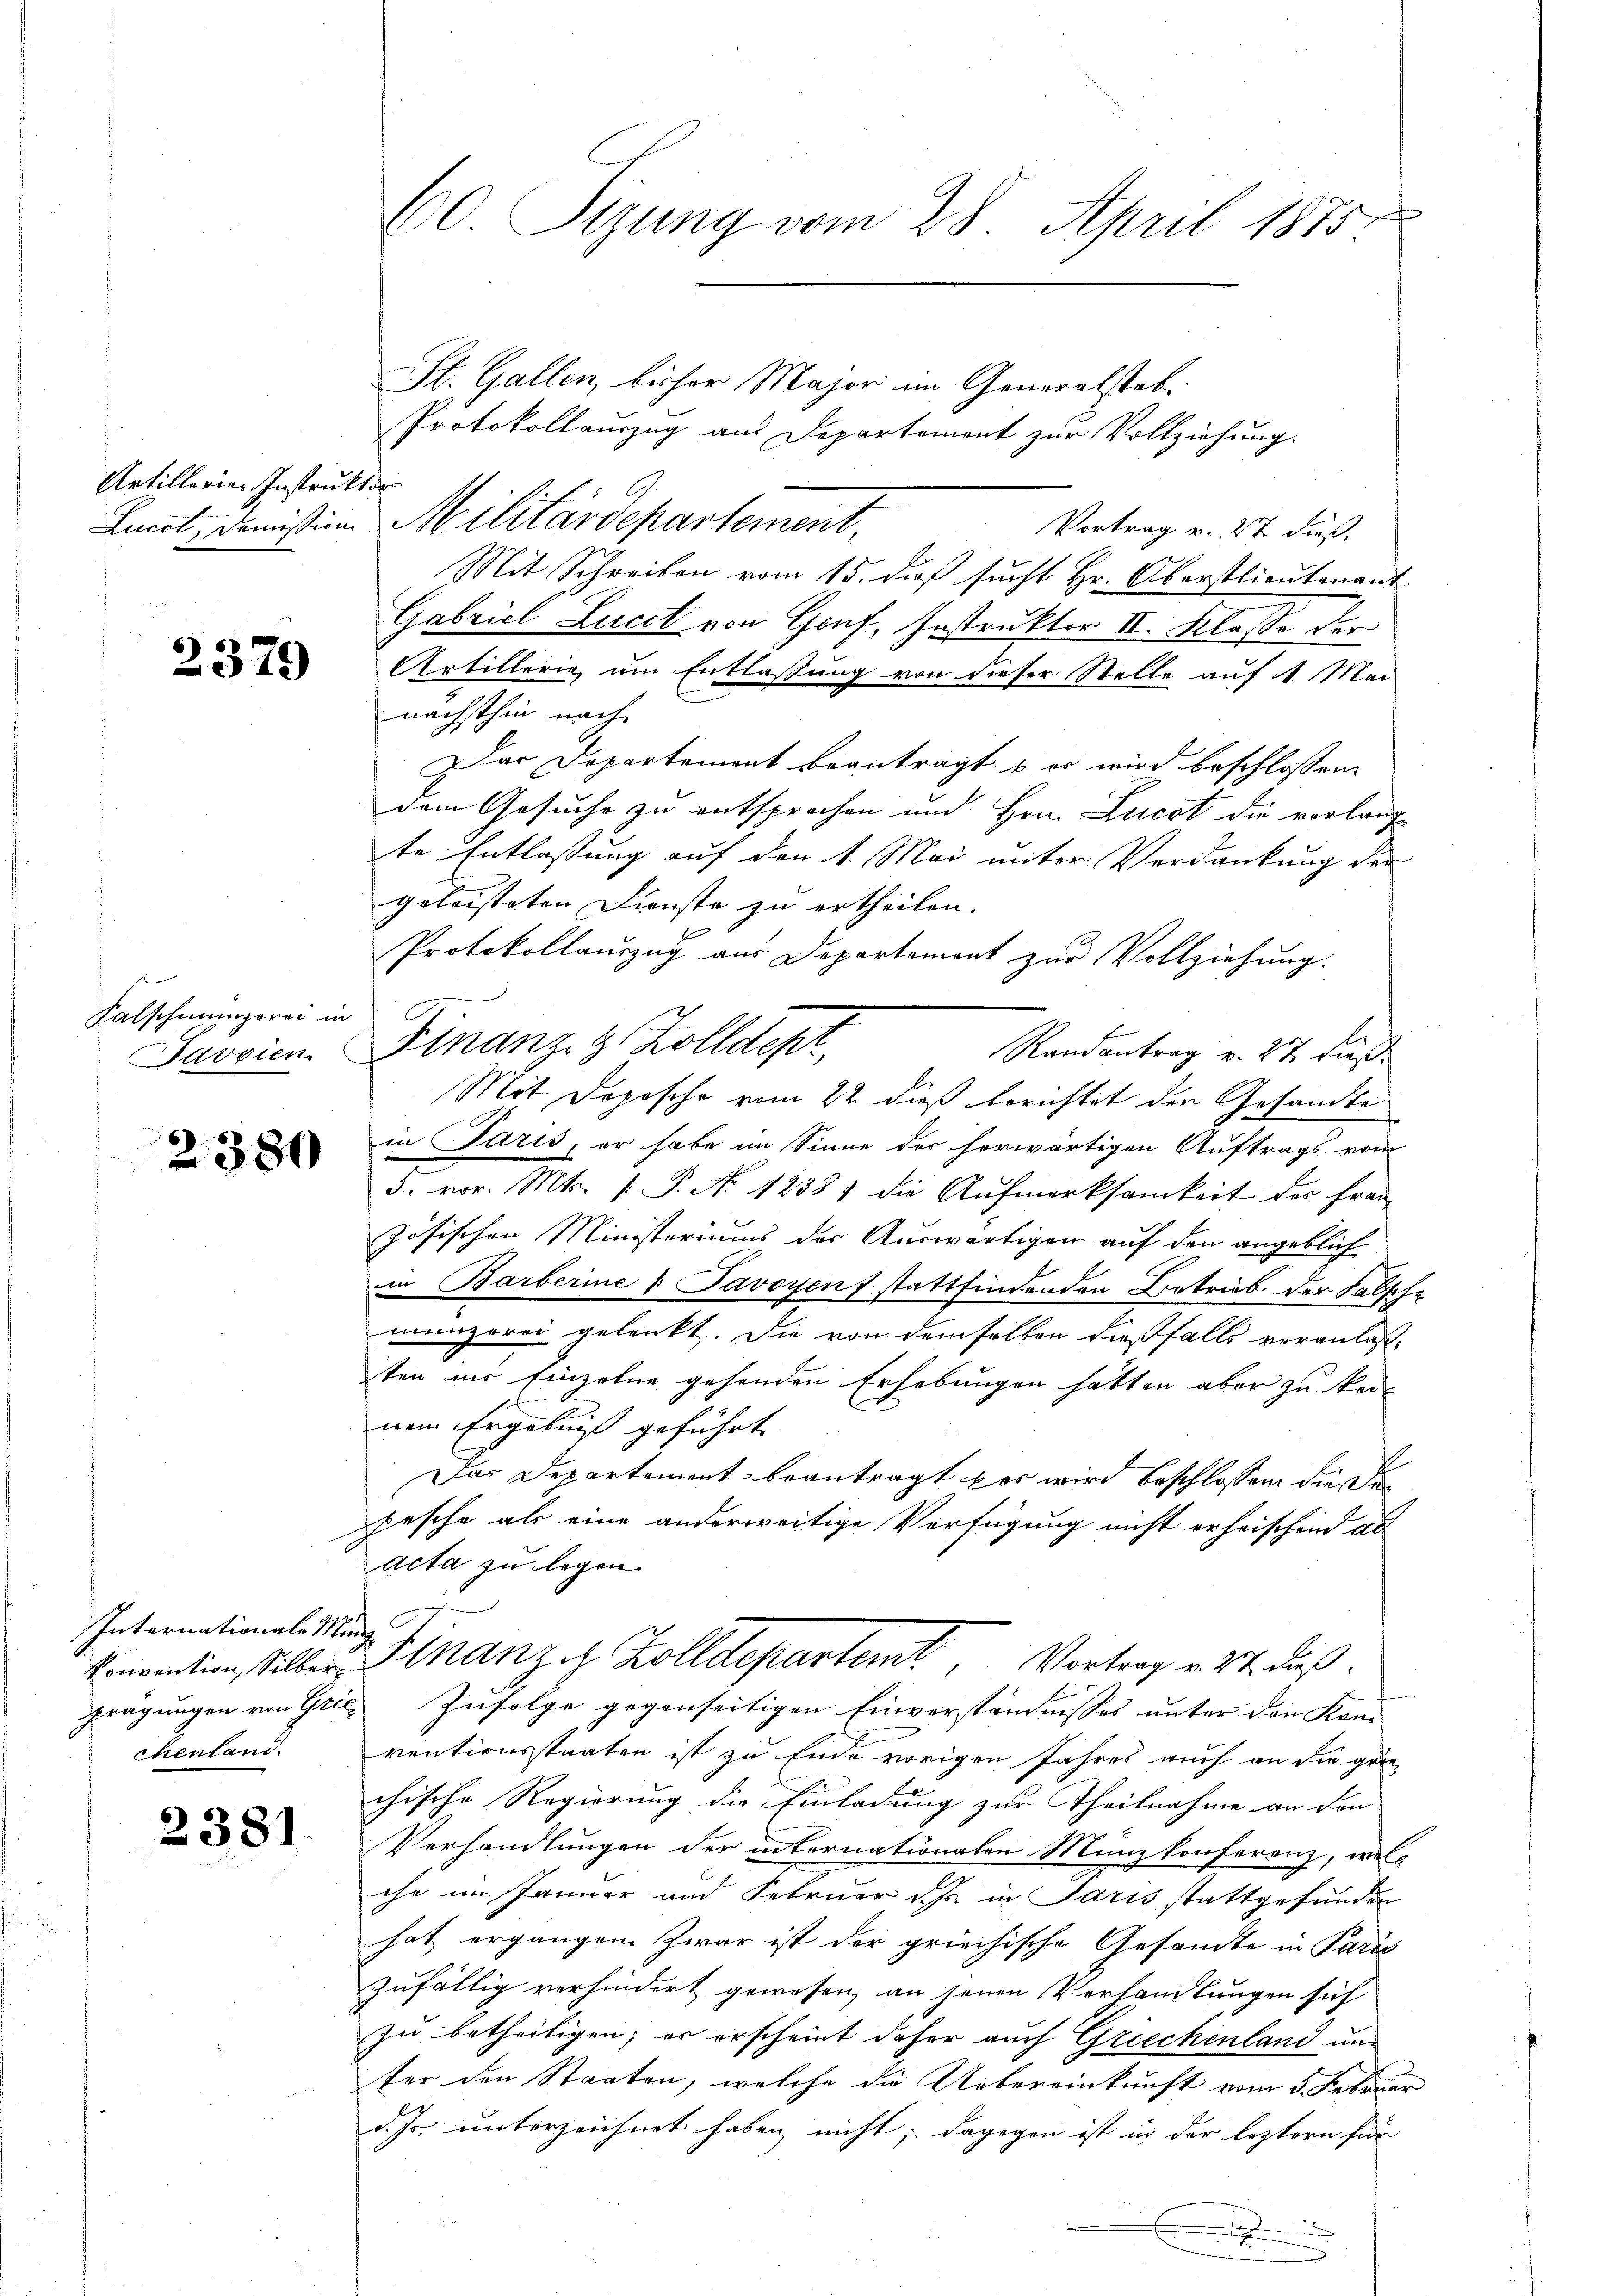
Artillerien Instrukt de

2379

Falschmungerei in
Javoien

2380

Internationale Min

2381.

60. Sigung vom 28. April 1875.

Protokollauszug aus Departement zur Vollziehung.
Vortrag v. 27 dieß,
Mit Schreiben vom 15. dieß sucht Hr. Oberstlieutenant
Gabriel Lucet von Genf, Instrukter II. Klasse der
Artillerie, um Entlassung von dieser Stelle auf 1. Mai
nächsthin nach
Das Departement beantragt – er wird beschlossen
dem Gesuche zu entsprochen und Hrn. Lucat die verlang
te Entlassung auf den 1. Mai unter Verdankung der
geleisteten Dienste zu ertheilen.
Protokollauszug aus Departement zur Vollziehung.
Finanz- & Zolldepr
Randantrag v. 27. dieß
Mit Dopische vom 22 dieß berichtet der Gesandte
in Paris, er habe im Sinne der herwärtigen Auftrags vom
3. vor. Mts. [ P. No 1238) die Aufmerksamkeit der Französischen Ministeriums der Auswärtigen auf den angeblich
in Barberine u Savoyen f stattfindenden Betrieb der Falsche
munzerei gelenkt. Die von demselben dießfalls veranlas-
ten ins Einzelne gehenden Erhebungen hatten aber zu keinem Ergebniß geführt
2
Das Departement beantragt war wird beschlossen, die Depesche als eine anderweitige Verfügung nicht erheischend al
acta zu legen.
konvention stiller Finanzes Zolldepartemt, Vortrag v. 21. dieß.
prägungen von Grić, Zufolge gegenseitigen Einverständnisses unter den Kon-
chenland. ventionsstaaten ist zu Ende vorigen Jahres auch an die grie-
chische Regierung die Einladung zur Theilnahme an den
Verhandlungen der internationalen Münzkonferenz, welc
che im Jänner und Februar ich in Paris stattgefunden
hat ergangen. Zwar ist der griechische Gesandte in Paris
zufällig verhindert gewesen, an jenen Verhandlungen sich
zu betheiligen; es erscheint daher auch Griechenland unter den Staaten, welche die Uebereinkunft vom 5. Februar
d. Js. unterzeichnet haben nicht; dagegen ist in der leztern für

n
n
.

Lucot, demission. Militärdepartement,

St. Gallen, bisher Major im Generalstab